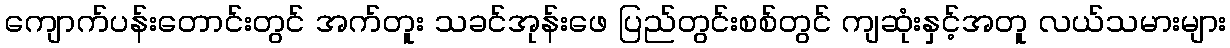
ကျောက်ပန်းတောင်းတွင် အက်တူး သခင်အုန်းဖေ ပြည်တွင်းစစ်တွင် ကျဆုံးနှင့်အတူ လယ်သမားများ